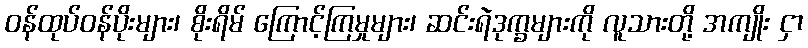
ဝန်ထုပ်ဝန်ပိုးများ၊ စိုးရိမ် ကြောင့်ကြမှုများ၊ ဆင်းရဲဒုက္ခများကို လူသားတို့ အကျိုး ငှာ